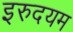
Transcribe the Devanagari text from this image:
इरुदयम